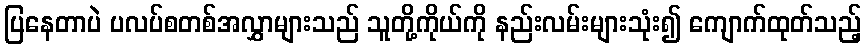
ပြနေတာပဲ ပလပ်စတစ်အလွှာများသည် သူတို့ကိုယ်ကို နည်းလမ်းများသုံး၍ ကျောက်ထုတ်သည့်